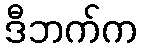
ဒီဘက်က